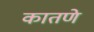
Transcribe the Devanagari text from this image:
कातणे